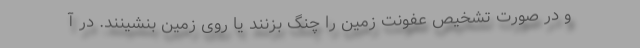
و در صورت تشخیص عفونت زمین را چنگ بزنند یا روی زمین بنشینند. در آ